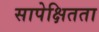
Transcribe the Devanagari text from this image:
सापेक्षितता